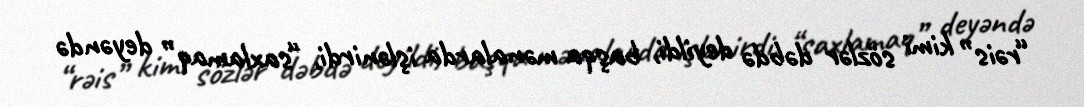
“rəis” kimi sözlər dəbdə deyildi, başqa mənalarda işlənirdi, “saxlamaq” deyəndə